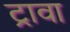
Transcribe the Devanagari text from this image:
ट्रावा